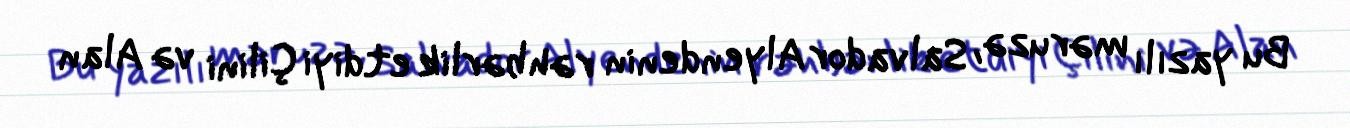
Bu yazılı məruzə, Salvador Alyendenin rəhbərlik etdiyi Çilini və Alan